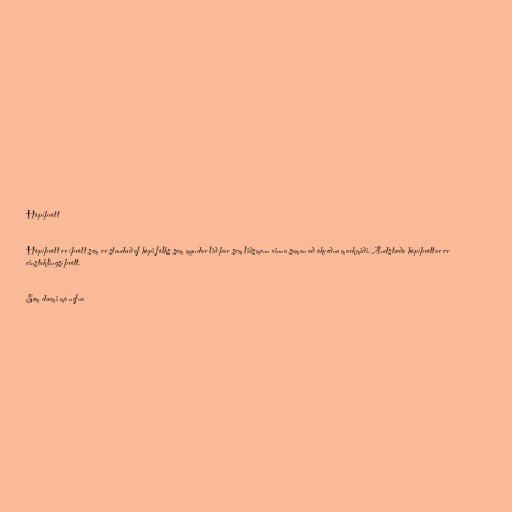
Hópíþrótt

Hópíþrótt er íþrótt sem er stunduð af hópi fólks sem myndar lið þar sem liðsmenn vinna saman að ákveðnu markmiði. Andstæða hópíþróttar er
einstaklingsíþrótt.

Sem dæmi má nefna